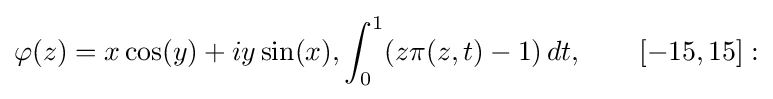
\varphi (z)=x\cos(y)+iy\sin(x),\int _{0}^{1}(z\pi (z,t)-1)\,dt,\qquad [-15,15]: